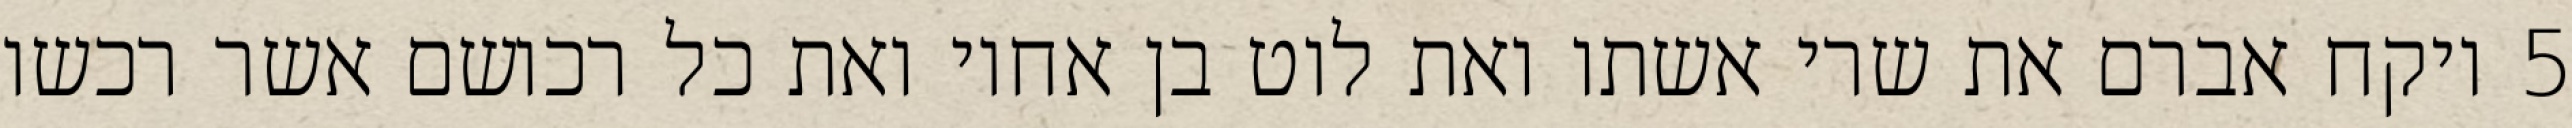
‎5‏ ויקח אברם את שרי אשתו ואת לוט בן אחיו ואת כל רכושם אשר רכשו